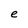
Character: e